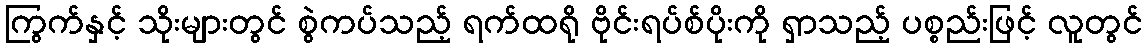
ကြွက်နှင့် သိုးများတွင် စွဲကပ်သည့် ရက်ထရို ဗိုင်းရပ်စ်ပိုးကို ရှာသည့် ပစ္စည်းဖြင့် လူတွင်